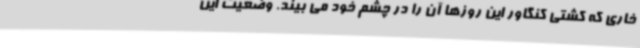
خاری که کشتی کنگاور این روزها آن را در چشم خود می بیند. وضعیت این